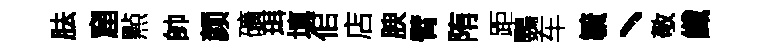
胠窟㸃帥颜礦珥填佀店腴臂陏距鸚车毓丶敬纖